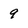
Character: 9